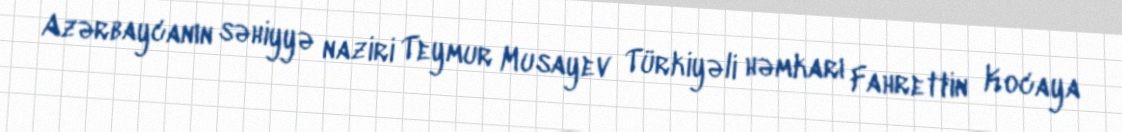
Azərbaycanın səhiyyə naziri Teymur Musayev Türkiyəli həmkarı Fahrettin Kocaya